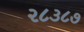
૨૮૩૮૭